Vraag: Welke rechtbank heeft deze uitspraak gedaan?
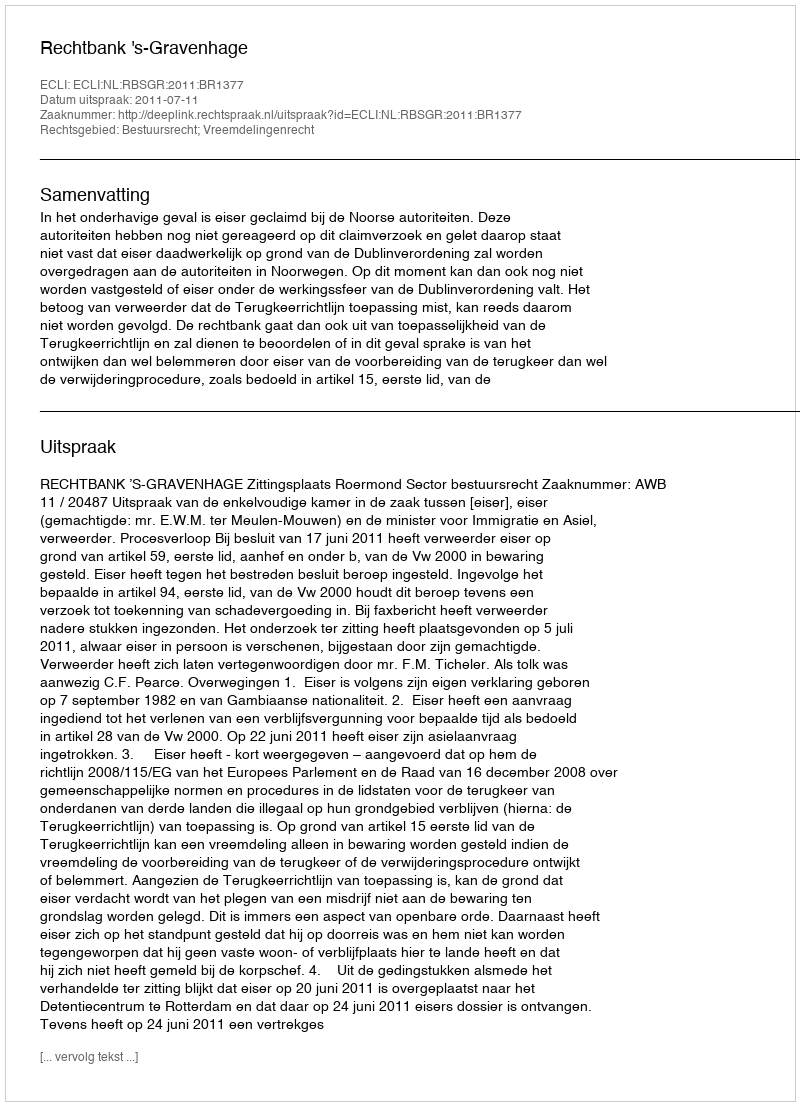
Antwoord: Rechtbank 's-Gravenhage